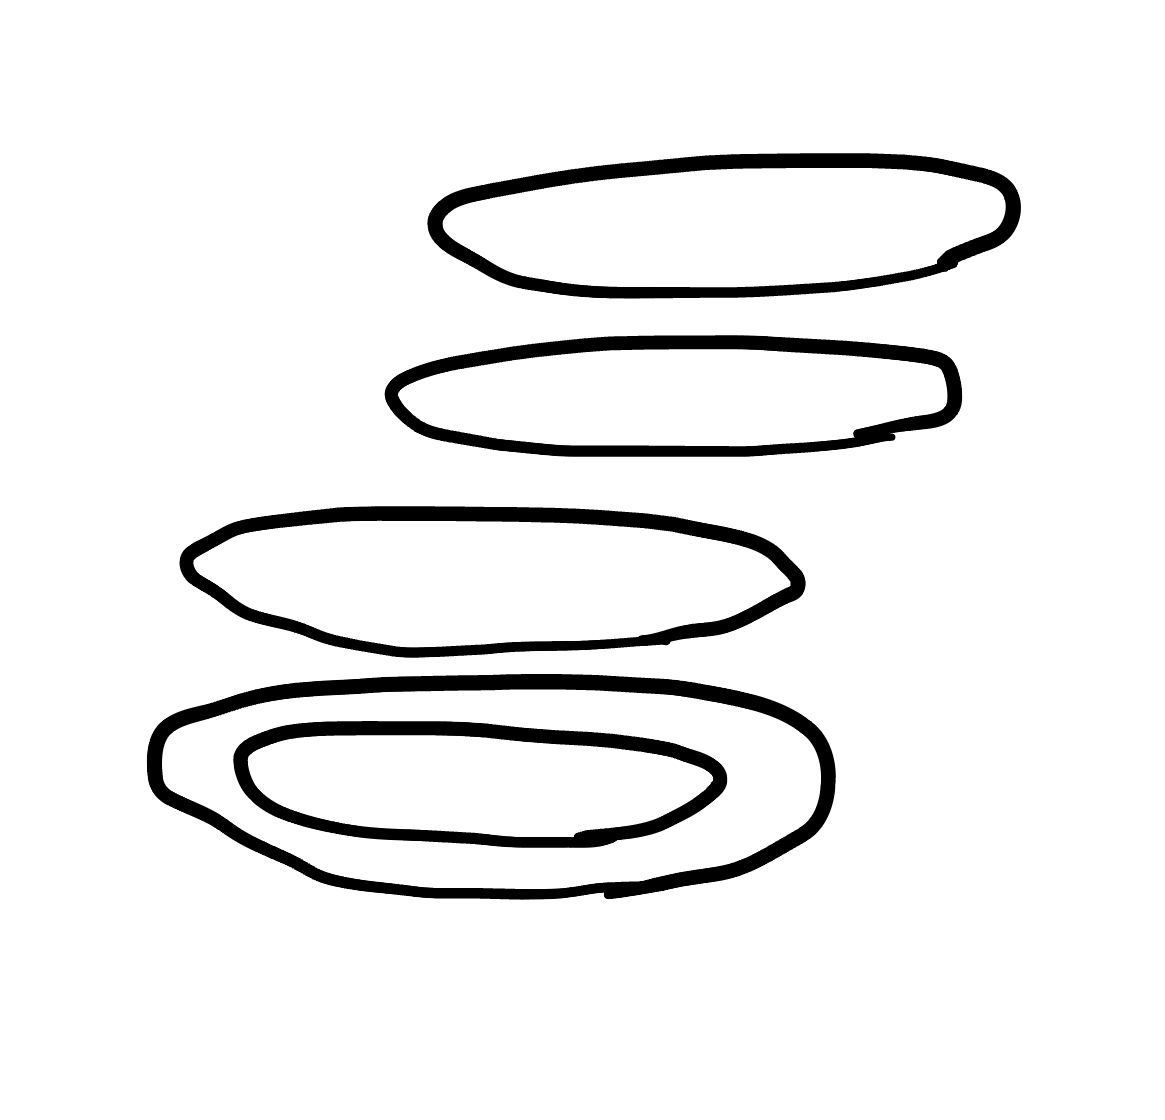
Number of regions (including the outer root region): 6
Containment tree edges (parent, child): 0, 1, 0, 3, 0, 4, 0, 5, 1, 2